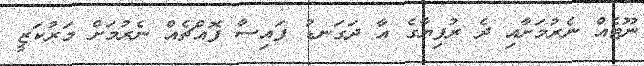
ނޫޓެއް ނެރުމަށާއި ދެ ރުފިޔާގެ އާ ދަގަނޑު ފައިސާ ފޮއްޗެއް ނެރުމަށް މަރުކަޒީ